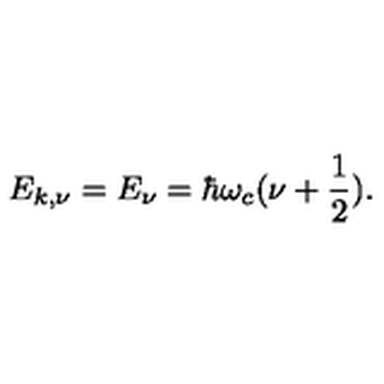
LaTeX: E _ { k , \nu } = E _ { \nu } = \hbar \omega _ { c } ( \nu + \frac { 1 } { 2 } ) .